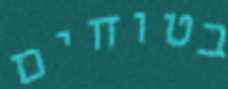
בטוחים